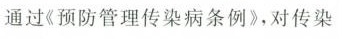
通过《预防管理传染病条例》，对传染